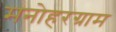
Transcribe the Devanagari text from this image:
मनोहरग्राम